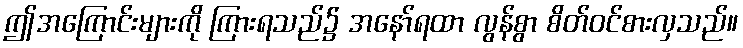
ဤအကြောင်းများကို ကြားရသည်၌ အနော်ရထာ လွန်စွာ စိတ်ဝင်စားလှသည်။